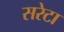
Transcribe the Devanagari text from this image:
सरेटा